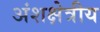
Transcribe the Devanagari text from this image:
अंशक्षेत्रीय